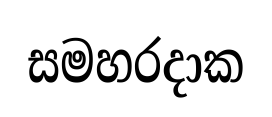
සමහරදාක